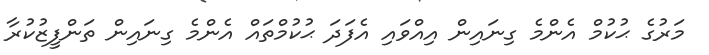
މަރުގެ ޙުކުމް އެންމެ ގިނައިން އިއްވައި އެފަދަ ޙުކުމްތައް އެންމެ ގިނައިން ތަންފީޒުކުރާ